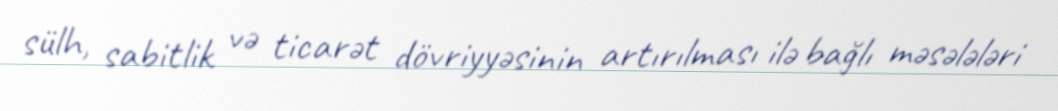
sülh, sabitlik və ticarət dövriyyəsinin artırılması ilə bağlı məsələləri